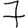
Digit: 7